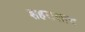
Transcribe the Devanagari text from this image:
शहरालाच